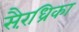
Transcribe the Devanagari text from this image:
सैरंध्रिका